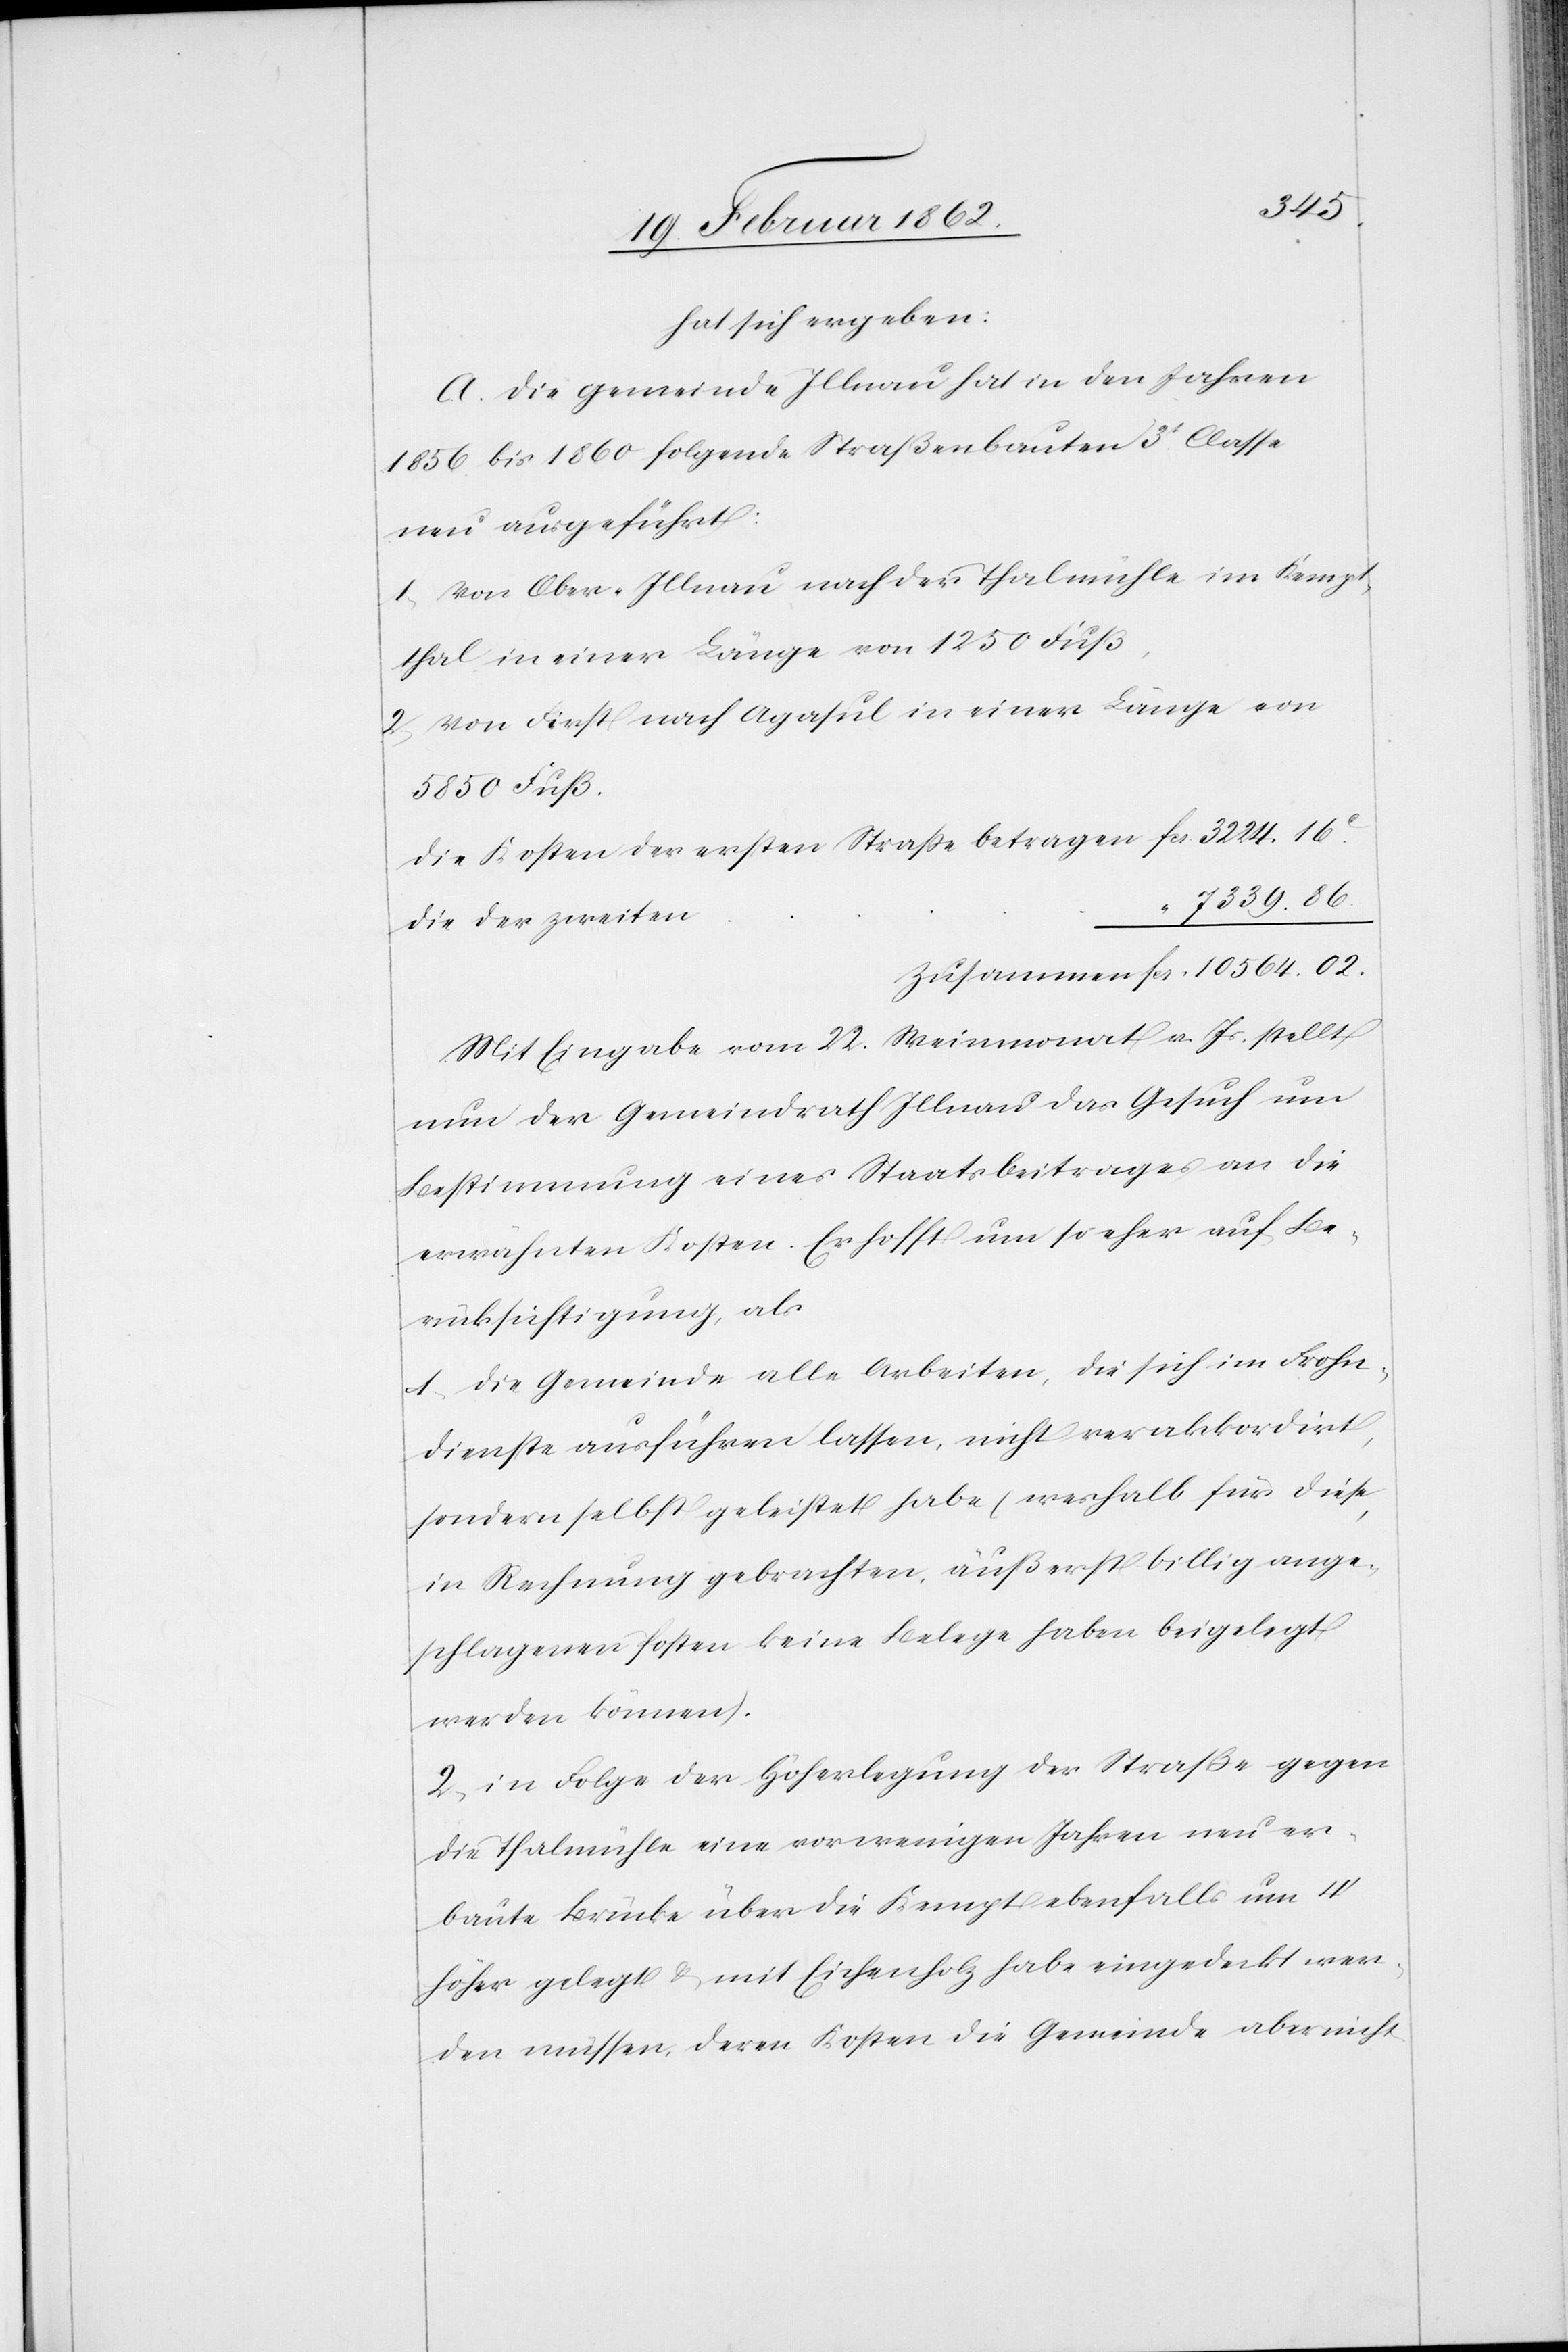
hat sich ergeben:
A. Die Gemeinde Illnau hat in den Jahren
1856 bis 1860 folgende Straßenbauten 3t. Classe
neu ausgeführt:
1) Von Ober-Illnau nach der Thalmühle im Kempt¬
thal in einer Länge von 1250 Fuß,
2) Von First nach Agasul in einer Länge von
5850 Fuß.
die Kosten der ersten Straße betragen	fcs. 3224.16c.
7339.86.
die der zweiten
Zusammen		fcs. 10 564.02.
Mit Eingabe vom 22. Weinmonat v. Js. stellt
nun der Gemeindrath Illnau das Gesuch um
Bestimmung eines Staatsbeitrages an die
erwähnten Kosten. Er hofft um so eher auf Be¬
rücksichtigung, als
1) die Gemeinde alle Arbeiten, die sich im Frohn¬
dienste ausführen lassen, nicht verakkordirt,
sondern selbst geleistet habe (weshalb für diese
in Rechnung gebrachten, äußerst billig ange¬
schlagenen Posten keine Belege haben beigelegt
werden können).
2) in Folge der Höherlegung der Straße gegen
die Thalmühle eine vor wenigen Jahren neu er¬
baute Brücke über die Kempt ebenfalls um 4’
höher gelegt & mit Eichenholz habe eingedeckt wer¬
den müssen, deren Kosten die Gemeinde aber nicht